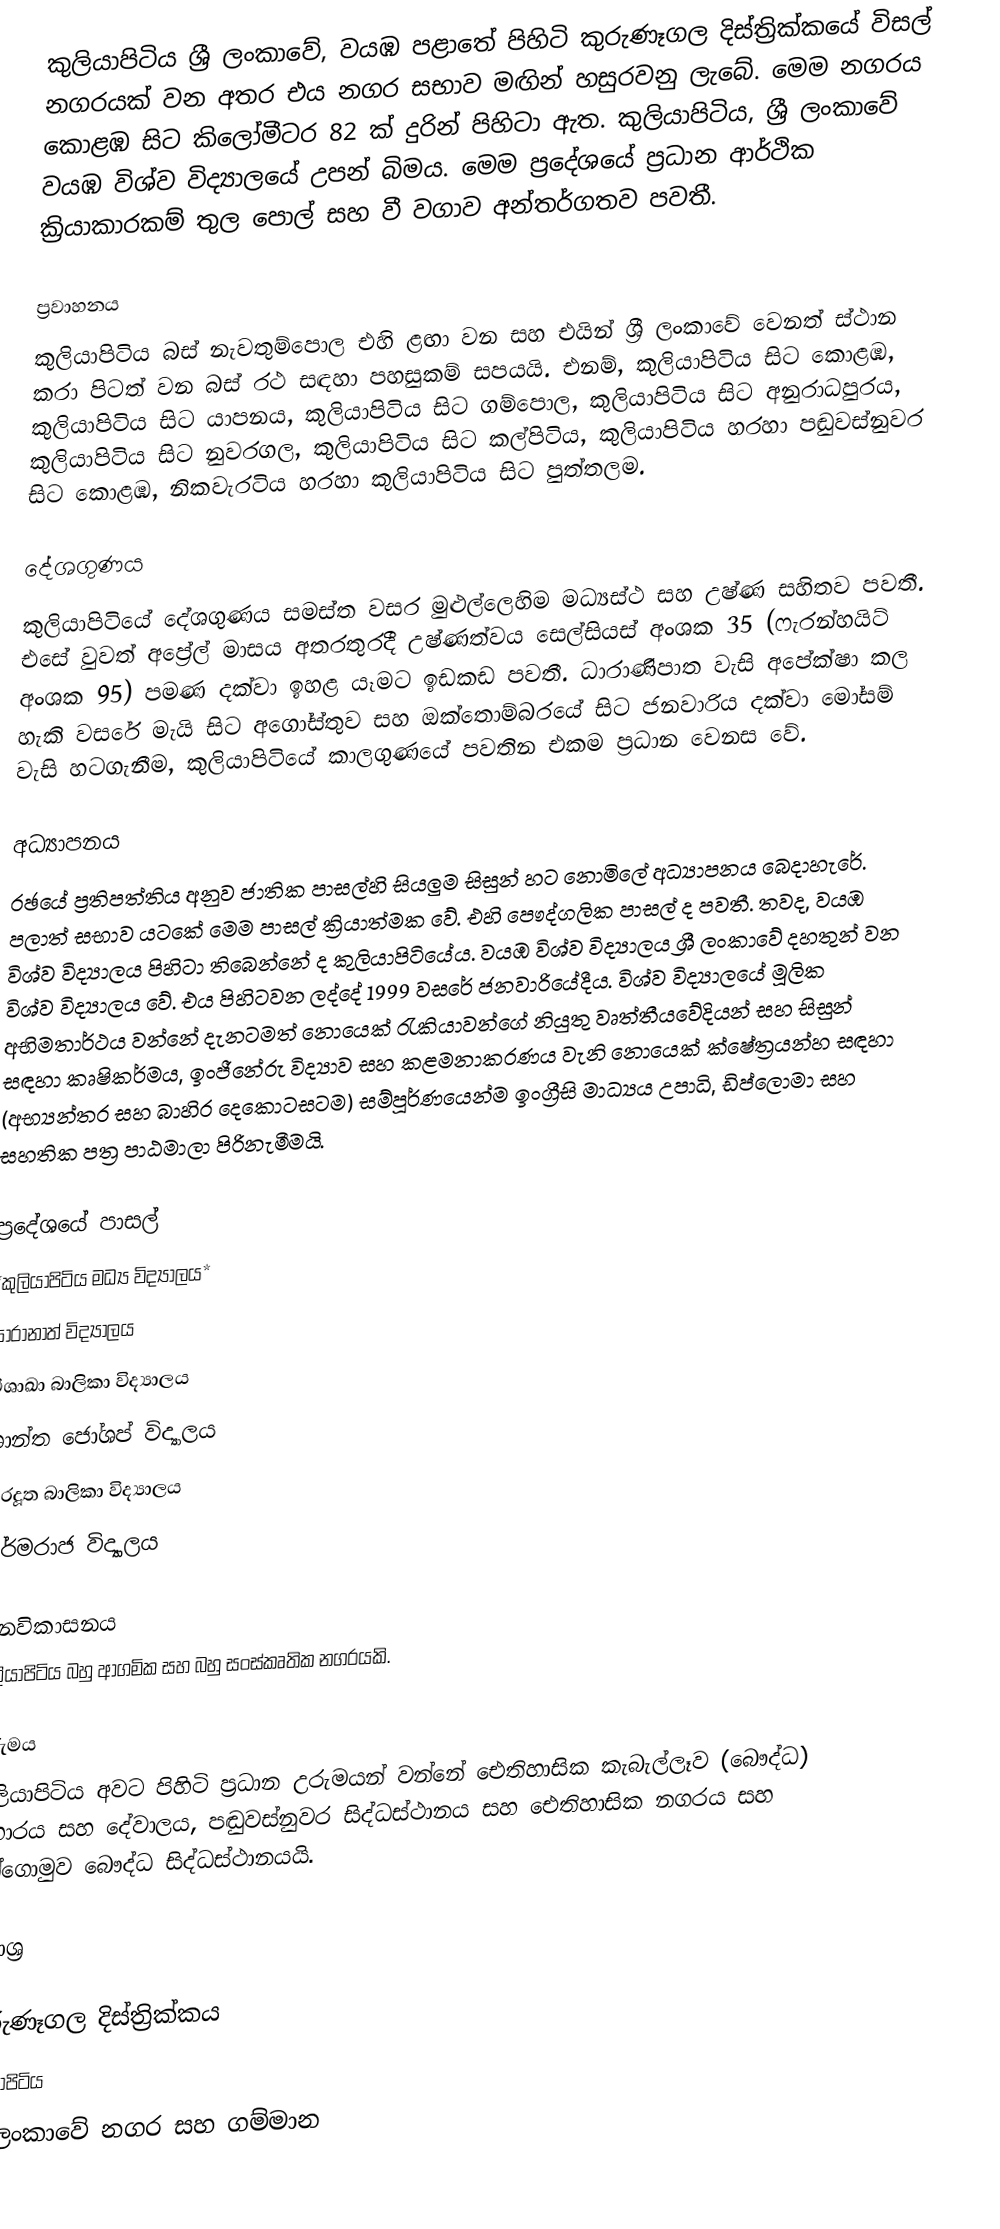
කුලියාපිටිය ශ්‍රී ලංකාවේ, වයඹ පළාතේ පිහිටි  කුරුණෑගල දිස්ත්‍රික්කයේ විසල් නගරයක් වන අතර එය නගර සභාව මඟින් හසුරවනු ලැබේ. මෙම නගරය කොළඹ සිට කිලෝමීටර 82 ක් දුරින් පිහිටා ඇත. කුලියාපිටිය, ශ්‍රී ලංකාවේ වයඹ විශ්ව විද්‍යාලයේ උපන් බිමය. මෙම ප්‍රදේශයේ ප්‍රධාන ආර්ථික ක්‍රියාකාරකම් තුල පොල් සහ වී වගාව අන්තර්ගතව පවතී.

ප්‍රවාහනය
කුලියාපිටිය බස් නැවතුම්පොල එහි ළඟා වන සහ එයින් ශ්‍රී ලංකාවේ වෙනත් ස්ථාන කරා පිටත් වන බස් රථ සඳහා පහසුකම් සපයයි. එනම්, කුලියාපිටිය සිට කොළඹ,  කුලියාපිටිය සිට යාපනය,  කුලියාපිටිය සිට ගම්පොල, කුලියාපිටිය සිට අනුරාධපුරය, කුලියාපිටිය සිට නුවරගල, කුලියාපිටිය සිට කල්පිටිය, කුලියාපිටිය හරහා පඬුවස්නුවර සිට කොළඹ, නිකවැරටිය හරහා කුලියාපිටිය සිට පුත්තලම.

දේශගුණය
කුලියාපිටියේ  දේශගුණය සමස්ත වසර මුළුල්ලෙහිම මධ්‍යස්ථ සහ උෂ්ණ සහිතව පවතී. එසේ වුවත් අප්‍රේල් මාසය අතරතුරදී උෂ්ණත්වය සෙල්සියස් අංශක 35 (ෆැරන්හයිට් අංශක 95) පමණ දක්වා ඉහළ යෑමට ඉඩකඩ පවතී. ධාරාණිපාත වැසි අපේක්ෂා කල හැකි වසරේ මැයි සිට අගෝස්තුව සහ ඔක්තොම්බරයේ සිට ජනවාරිය දක්වා මෝසම් වැසි හටගැනීම, කුලියාපිටියේ කාලගුණයේ පවතින එකම ප්‍රධාන වෙනස වේ.

අධ්‍යාපනය
රඡයේ ප්‍රතිපත්තිය අනුව ජාතික පාසල්හි සියලුම සිසුන් හට නොමිලේ අධ්‍යාපනය බෙදාහැරේ. පලාත් සභාව යටකේ මෙම පාසල් ක්‍රියාත්මක වේ. එහි පෞද්ගලික පාසල් ද පවතී. තවද,  වයඹ විශ්ව විද්‍යාලය පිහිටා තිබෙන්නේ ද කුලියාපිටියේය. වයඹ විශ්ව විද්‍යාලය ශ්‍රී ලංකාවේ දහතුන් වන විශ්ව විද්‍යාලය වේ. එය පිහිටවන ලද්දේ 1999 වසරේ ජනවාරියේදීය. විශ්ව විද්‍යාලයේ මූලික අභිමතාර්ථය වන්නේ දැනටමත් නොයෙක් රැකියාවන්ගේ නියුතු වෘත්තීයවේදියන් සහ සිසුන් සඳහා කෘෂිකර්මය, ඉංජීනේරු විද්‍යාව සහ කළමනාකරණය වැනි නොයෙක් ක්ෂේත්‍රයන්හ සඳහා (අභ්‍යන්තර සහ බාහිර දෙකොටසටම) සම්පූර්ණයෙන්ම ඉංග්‍රීසි මාධ්‍යය උපාධි, ඩිප්ලොමා සහ සහතික පත්‍ර පාඨමාලා පිරිනැමීමයි.

ප්‍රදේශයේ පාසල්
 *කුලියාපිටිය මධ්‍ය විද්‍යාලය*
 සාරානාත් විද්‍යාලය
 විශාඛා බාලිකා විද්‍යාලය
 ශාන්ත ජෝශප් විද්‍යාලය
 සුරදූත බාලිකා විද්‍යාලය
 ධර්මරාජ විද්‍යාලය

ඡනවිකාසනය
කුලියාපිටිය බහු ආගමික සහ බහු සංස්කෘතික නගරයකි.

උරුමය
කුලියාපිටිය අවට පිහිටි ප්‍රධාන උරුමයන් වන්නේ ඓතිහාසික කැබැල්ලෑව (බෞද්ධ) විහාරය සහ දේවාලය, පඬුවස්නුවර සිද්ධස්ථානය සහ ඓතිහාසික නගරය සහ අන්ගොමුව බෞද්ධ සිද්ධස්ථානයයි.

මූලාශ්‍ර

කුරුණෑගල දිස්ත්‍රික්කය
කුලියාපිටිය
ශ්‍රී ලංකාවේ නගර සහ ගම්මාන